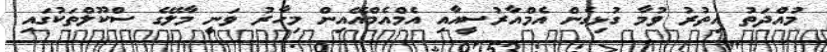
މުއްދަތު އިތުރު ވުމާ ގުޅިގެން އެމްއާރުސީއާއި އެމްއެމްއޭއިން މިހާރު ވަނީ މާލޭގެ ސްކޫލްތަކުގައި